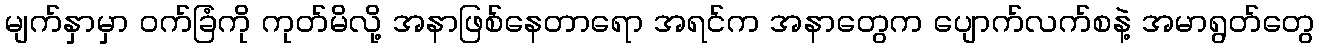
မျက်နှာမှာ ဝက်ခြံကို ကုတ်မိလို့ အနာဖြစ်နေတာရော အရင်က အနာတွေက ပျောက်လက်စနဲ့ အမာရွတ်တွေ